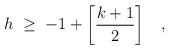
LaTeX: \begin{align*}h \;\geq\; -1 + \left[ \frac{k+1}{2} \right] \;\;\; , \end{align*}